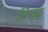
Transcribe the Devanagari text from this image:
भिमाद